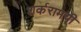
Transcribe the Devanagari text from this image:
शर्करामयी